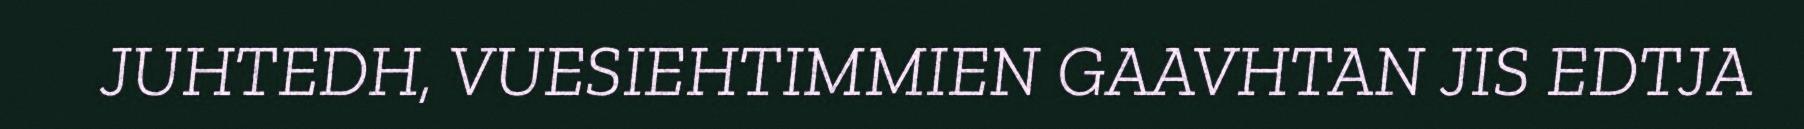
JUHTEDH, VUESIEHTIMMIEN GAAVHTAN JIS EDTJA